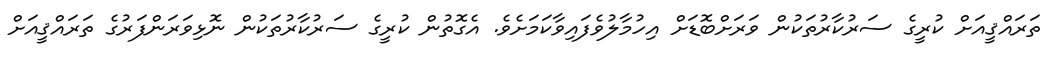
ތަރައްޤީއަށް ކުރީގެ ސަރުކާރުތަކުން ވަރަށްބޮޑަށް އިހުމާލުވެފައިވާކަމަށެވެ. އެގޮތުން ކުރީގެ ސަރުކާރުތަކުން ނޮޅިވަރަންފަރުގެ ތަރައްޤީއަށް